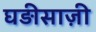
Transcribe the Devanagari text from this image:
घड़ीसाज़ी